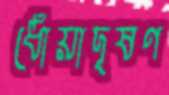
ধোঁয়াদূষণ